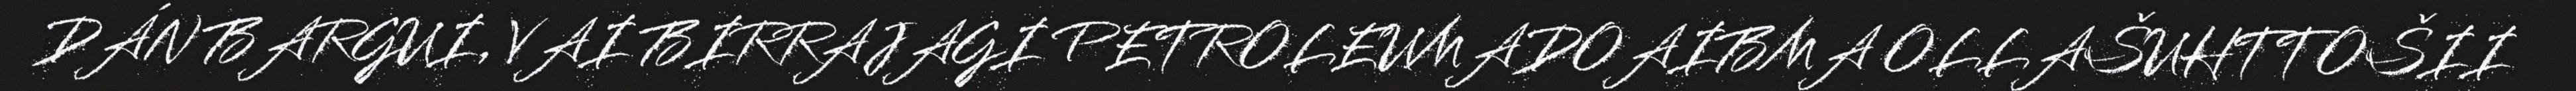
DÁN BARGUI, VAI BIRRAJAGI PETROLEUMADOAIBMA OLLAŠUHTTOŠII